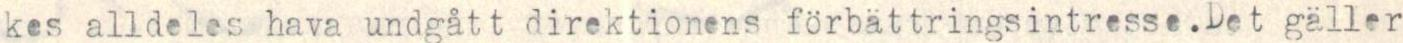
kes alldeles hava undgått direktionens förbättringsintresse.Det gäller